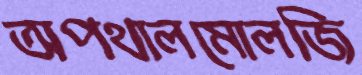
অপথালমোলজি